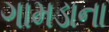
ગામડાના